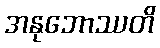
အနုဘောဿတိ